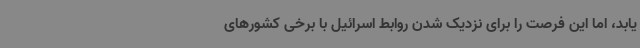
یابد، اما این فرصت را برای نزدیک شدن روابط اسرائیل با برخی کشورهای